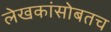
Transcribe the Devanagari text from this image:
लेखकांसोबतच